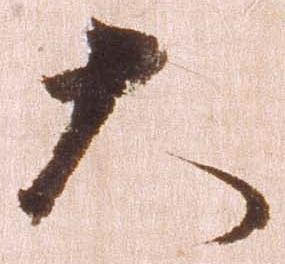
大